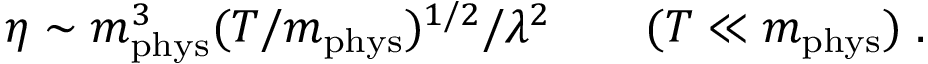
\eta \sim m _ { \mathrm { p h y s } } ^ { 3 } ( T / m _ { \mathrm { p h y s } } ) ^ { 1 / 2 } / \lambda ^ { 2 } \qquad ( T \ll m _ { \mathrm { p h y s } } ) \; .